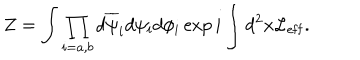
LaTeX: Z = \int \prod _ { i = a , b } d \overline { { { \psi } } } _ { i } d \psi _ { i } d \phi _ { i } \exp i \int d ^ { 2 } x { \cal L _ { \mathrm { e f f } } } .